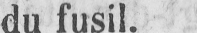
du fusil.